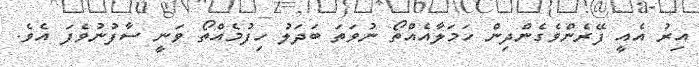
އިރު އެއީ ފޭރެންވެގެންދިން ހަމަލާއެއްތޯ ނުވަތަ ބަދަލު ހިފުމެއްތޯ ވަނީ ސާފުނުވެފަ އެވެ.